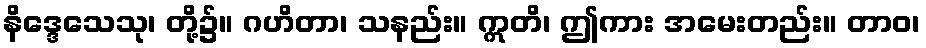
နိဒ္ဒေသေသု၊ တို့၌။ ဂဟိတာ၊ သနည်း။ ဣတိ၊ ဤကား အမေးတည်း။ တာဝ၊